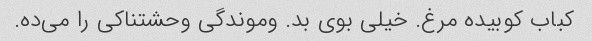
کباب کوبیده مرغ. خیلی بوی بد. وموندگی وحشتناکی را می‌ده.